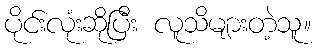
ပိုင်းလုံးဆိုပြီး လူသိများတဲ့သူ။